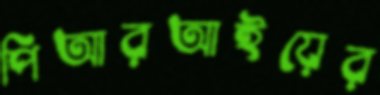
পিআরআইয়ের